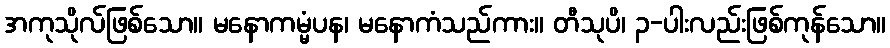
အကုသိုလ်ဖြစ်သော။ မနောကမ္မံပန၊ မနောကံသည်ကား။ တီသုပိ၊ ၃-ပါးလည်းဖြစ်ကုန်သော။